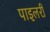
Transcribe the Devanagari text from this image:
पाइलरी